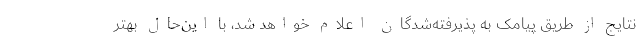
نتایج از طریق پیامک به پذیرفته‌شدگان اعلام خواهد شد، با این‌حال بهتر